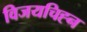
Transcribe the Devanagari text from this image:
विजयचिह्न